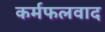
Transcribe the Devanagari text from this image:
कर्मफलवाद